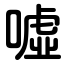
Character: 噓